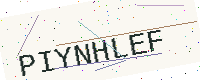
Text: PIYNHLEF